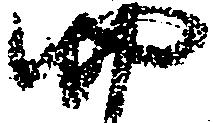
四